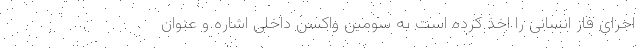
اجرای فاز انسانی را اخذ کرده است به سومین واکسن داخلی اشاره و عنوان